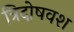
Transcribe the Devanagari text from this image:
त्रिदोषवश